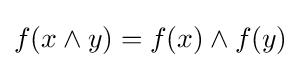
f(x\land y)=f(x)\land f(y)